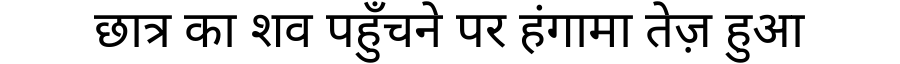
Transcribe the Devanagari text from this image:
छात्र का शव पहुँचने पर हंगामा तेज़ हुआ